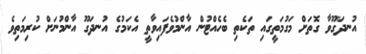
އުނދަގޫވާ ގޮތަށް މަގުމަތީގައި ތަކެތި ބެހެއްޓުން އާންމުވެފައިވާތީ އެކަމުގެ އުނދަގޫ އާންމުނަށް ކުރިމަތިވެ